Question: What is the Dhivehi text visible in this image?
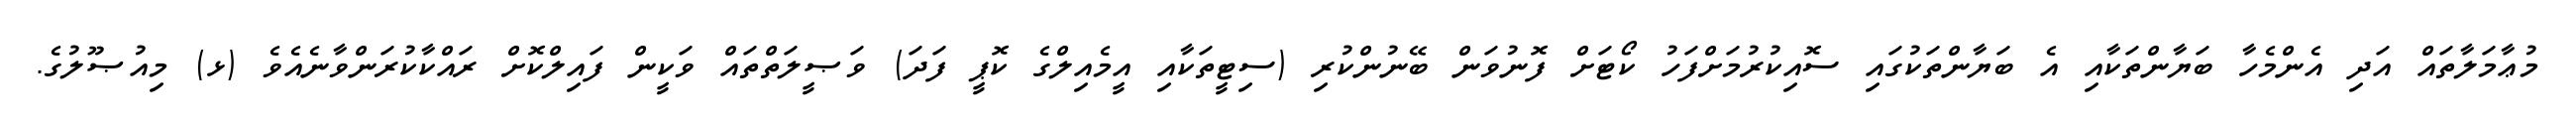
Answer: މުޢާމަލާތައް އަދި އެންމެހާ ބަޔާންތަކާއި އެ ބަޔާންތަކުގައި ސޮއިކުރުމަށްފަހު ކޯޓަށް ފޮނުވަން ބޭނުންކުރި (ސިޓީތަކާއި އީމެއިލްގެ ކޮޕީ ފަދަ) ވަޞީލަތްތައް ވަކީން ފައިލްކޮށް ރައްކާކުރަންވާނެއެވެ (ޅ) މިއުޞޫލުގެ.